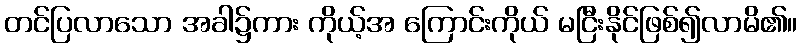
တင်ပြလာသော အခါ၌ကား ကိုယ့်အ ကြောင်းကိုယ် မငြီးနိုင်ဖြစ်၍လာမိ၏။